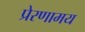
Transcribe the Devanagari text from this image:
प्रेरणामय